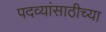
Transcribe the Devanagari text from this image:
पदव्यांसाठीच्या